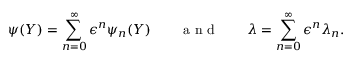
\psi ( Y ) = \sum _ { n = 0 } ^ { \infty } \epsilon ^ { n } \psi _ { n } ( Y ) \qquad \mathrm { ~ a ~ n ~ d ~ } \qquad \lambda = \sum _ { n = 0 } ^ { \infty } \epsilon ^ { n } \lambda _ { n } .